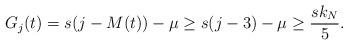
LaTeX: \begin{align*}G_j(t) = s(j - M(t)) - \mu \geq s(j - 3) - \mu \geq \frac{sk_N}{5}.\end{align*}